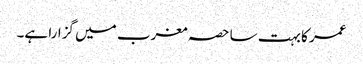
عمر کا بہت سا حصہ مغرب میں گزارا ہے۔